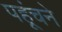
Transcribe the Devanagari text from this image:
पहूंचने